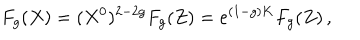
LaTeX: F _ { g } ( X ) = ( X ^ { 0 } ) ^ { 2 - 2 g } F _ { g } ( Z ) = e ^ { ( 1 - g ) K } F _ { g } ( Z ) \, ,